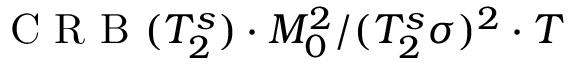
\mathrm { ~ C ~ R ~ B ~ } ( T _ { 2 } ^ { s } ) \cdot M _ { 0 } ^ { 2 } / ( T _ { 2 } ^ { s } \sigma ) ^ { 2 } \cdot T